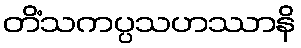
တိံသကပ္ပသဟဿာနိ